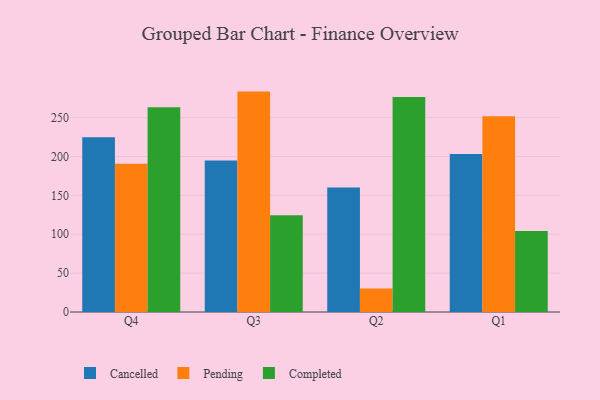
{"axis": {"x": "Quarter", "y": "Conversion Rate (%)"}, "legend": ["Cancelled", "Completed", "Pending"], "data": [{"x": "Q4", "y": 224.9, "type": "Cancelled"}, {"x": "Q4", "y": 190.6, "type": "Pending"}, {"x": "Q4", "y": 263.3, "type": "Completed"}, {"x": "Q3", "y": 194.9, "type": "Cancelled"}, {"x": "Q3", "y": 283.5, "type": "Pending"}, {"x": "Q3", "y": 124.5, "type": "Completed"}, {"x": "Q2", "y": 160.1, "type": "Cancelled"}, {"x": "Q2", "y": 30.1, "type": "Pending"}, {"x": "Q2", "y": 276.5, "type": "Completed"}, {"x": "Q1", "y": 203.3, "type": "Cancelled"}, {"x": "Q1", "y": 251.7, "type": "Pending"}, {"x": "Q1", "y": 104.2, "type": "Completed"}]}